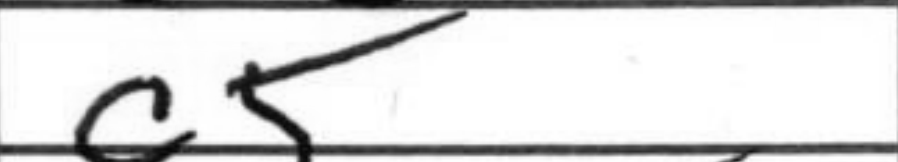
Transcription: c5